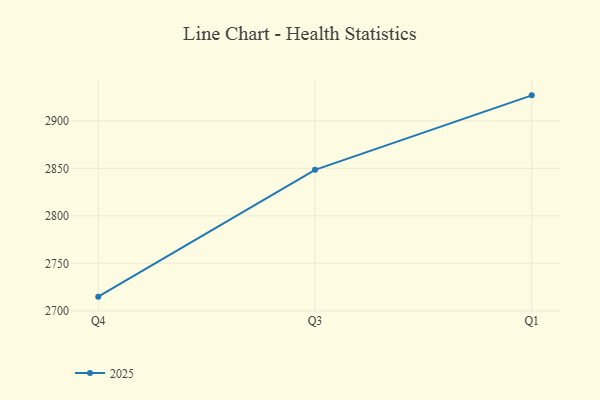
{"axis": {"x": "Quarter", "y": "Tickets Resolved"}, "legend": ["2025"], "data": [{"x": "Q4", "y": 2714.9, "type": "2025"}, {"x": "Q3", "y": 2848.5, "type": "2025"}, {"x": "Q1", "y": 2926.9, "type": "2025"}]}